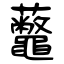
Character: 虌